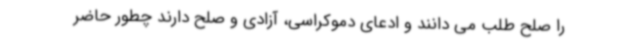
را صلح طلب می دانند و ادعای دموکراسی، آزادی و صلح دارند چطور حاضر